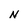
Character: N